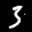
Label: 3